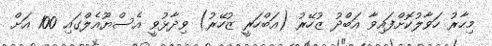
މިހާރު ހަވާލުކޮށްފައިވާ އަބްދު ޒުހޭރު (އަބްހަރީ ޒުހޭރު) ވިދާޅުވީ އެސްޔޫއެލްގައި 100 އަށް